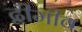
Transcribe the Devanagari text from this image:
द्वीमीव